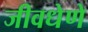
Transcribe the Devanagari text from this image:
जीवधेणे